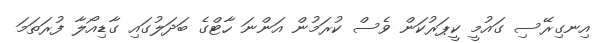
އިނގިރޭސި ގައުމީ ކީޕަރުކަން ވެސް ކުރަމުން އަންނަ ހާޓްގެ ބަދަލުގައި ގާޑިއޯލާ ފުރަތަމަ